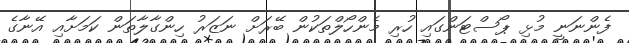
ފެންނަނީ މުޅި ޕޯސްޓަންގައި ހުރި މެންހޯލްތަކުން ބޭރަށް ނަޒަރު ހިންގާލާތަން ކަމަށާއި އޭނާގެ